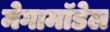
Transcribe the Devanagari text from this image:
मेगामॉडेल